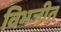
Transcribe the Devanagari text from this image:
विभजीत